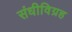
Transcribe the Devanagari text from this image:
संधीविग्रह